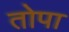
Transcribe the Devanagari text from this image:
तोपा